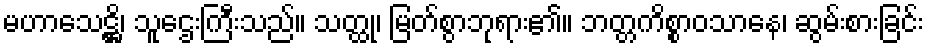
မဟာသေဋ္ဌိ၊ သူဌေးကြီးသည်။ သတ္ထု၊ မြတ်စွာဘုရား၏။ ဘတ္တကိစ္စာဝသာနေ၊ ဆွမ်းစားခြင်း